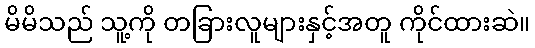
မိမိသည် သူ့ကို တခြားလူများနှင့်အတူ ကိုင်ထားဆဲ။